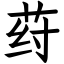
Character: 荮